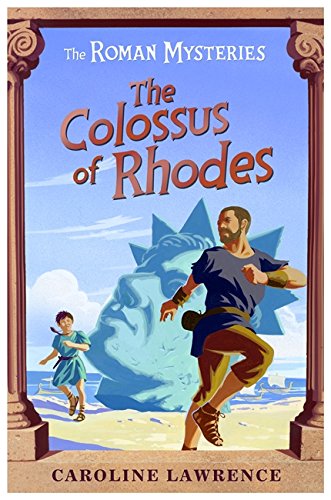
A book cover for The Colossus of Rhodes (The Roman Mysteries); Caroline Lawrence; Teen & Young Adult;